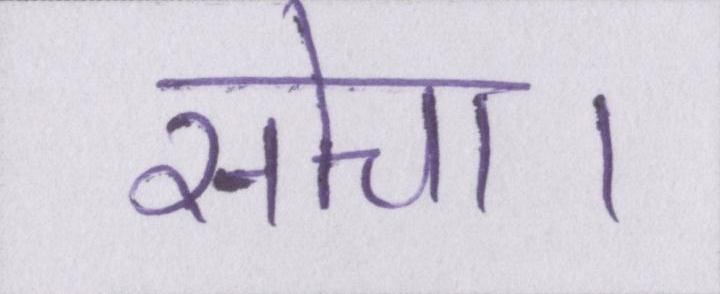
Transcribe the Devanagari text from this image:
सोचा।